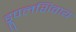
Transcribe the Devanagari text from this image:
ड्रूपलशिवाय